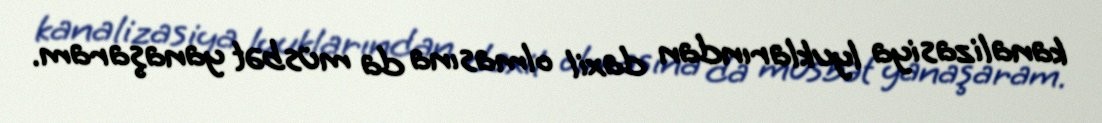
kanalizasiya lyuklarından daxil olmasına da müsbət yanaşaram.